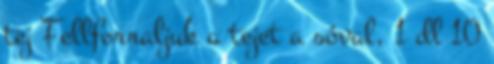
tej Fellforraljuk a tejet a sóval, 1 dl 10